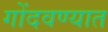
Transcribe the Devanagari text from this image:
गोंदवण्यात